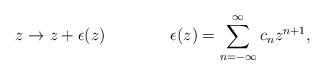
LaTeX: \begin{align*}z\rightarrow z+\epsilon(z) \qquad \qquad \epsilon(z)=\sum_{n=-\infty}^{\infty}c_{n}z^{n+1},\end{align*}